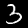
Digit: 3